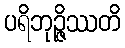
ပရိဘုဉ္ဇိဿတိ